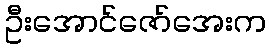
ဦးအောင်ဇော်အေးက